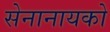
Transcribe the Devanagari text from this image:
सेनानायको